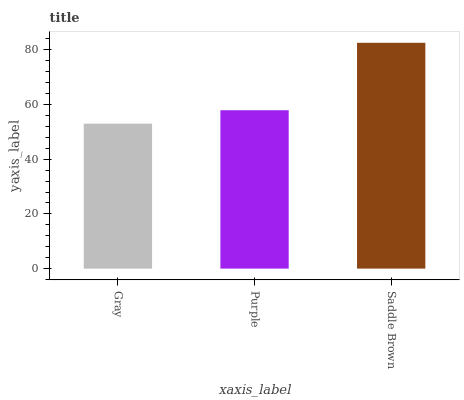
| xaxis_label | bars |
 | --- | --- |
 | Gray | 53 |
 | Purple | 57.9 |
 | Saddle Brown | 82.6 |